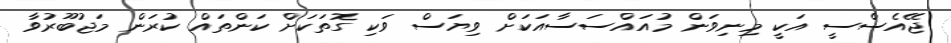
ޖޭއެސްސީ އަކީ މިނިވަން މުއައްސަސާއަކަށް ވިޔަސް ވަކި ގޮތަކަށް ކަންތައް ކުރަން މަޖުބޫރުވާ